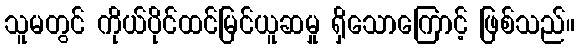
သူမတွင် ကိုယ်ပိုင်ထင်မြင်ယူဆမှု ရှိသောကြောင့် ဖြစ်သည်။